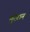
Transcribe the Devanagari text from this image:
मुरेसन